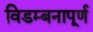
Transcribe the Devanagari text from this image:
विडम्बनापूर्ण